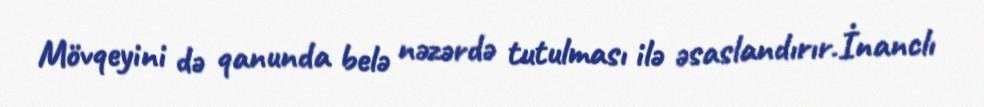
Mövqeyini də qanunda belə nəzərdə tutulması ilə əsaslandırır.İnanclı